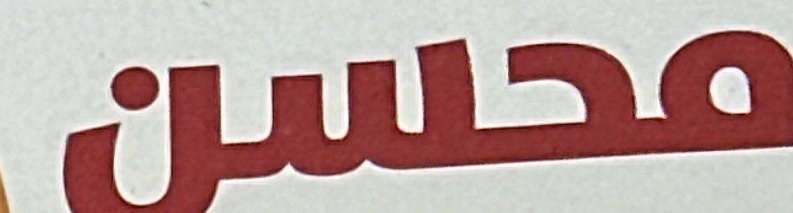
محسن